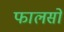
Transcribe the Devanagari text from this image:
फालसों